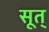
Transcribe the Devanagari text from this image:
सूत्